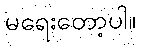
မရေးတော့ပါ။